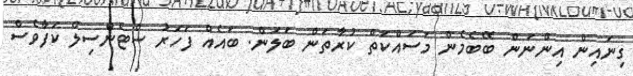
ގިނައިން އިންނަން ބޭބެމެން މަސައްކަތް ކުރާތަން ބަލަން. ބައެއް ފަހަރު ސްޓެންސިލް ކަފާވެސް